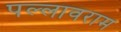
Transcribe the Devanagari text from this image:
पल्लावराम